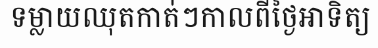
ទម្លាយឈុតកាត់ៗកាលពីថ្ងៃអាទិត្យ